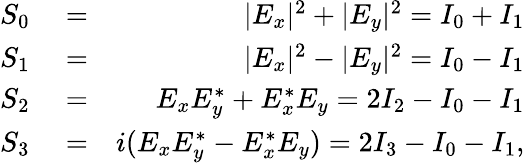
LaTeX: \begin{array}{rlr}{S_{0}}&{{}=}&{|E_{x}|^{2}+|E_{y}|^{2}=I_{0}+I_{1}}\\ {S_{1}}&{{}=}&{|E_{x}|^{2}-|E_{y}|^{2}=I_{0}-I_{1}}\\ {S_{2}}&{{}=}&{E_{x}E_{y}^{*}+E_{x}^{*}E_{y}=2I_{2}-I_{0}-I_{1}}\\ {S_{3}}&{{}=}&{i(E_{x}E_{y}^{*}-E_{x}^{*}E_{y})=2I_{3}-I_{0}-I_{1},}\end{array}